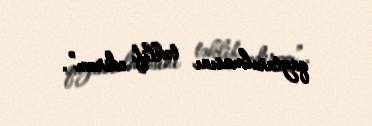
qaytarılmasını təklif edirəm”.